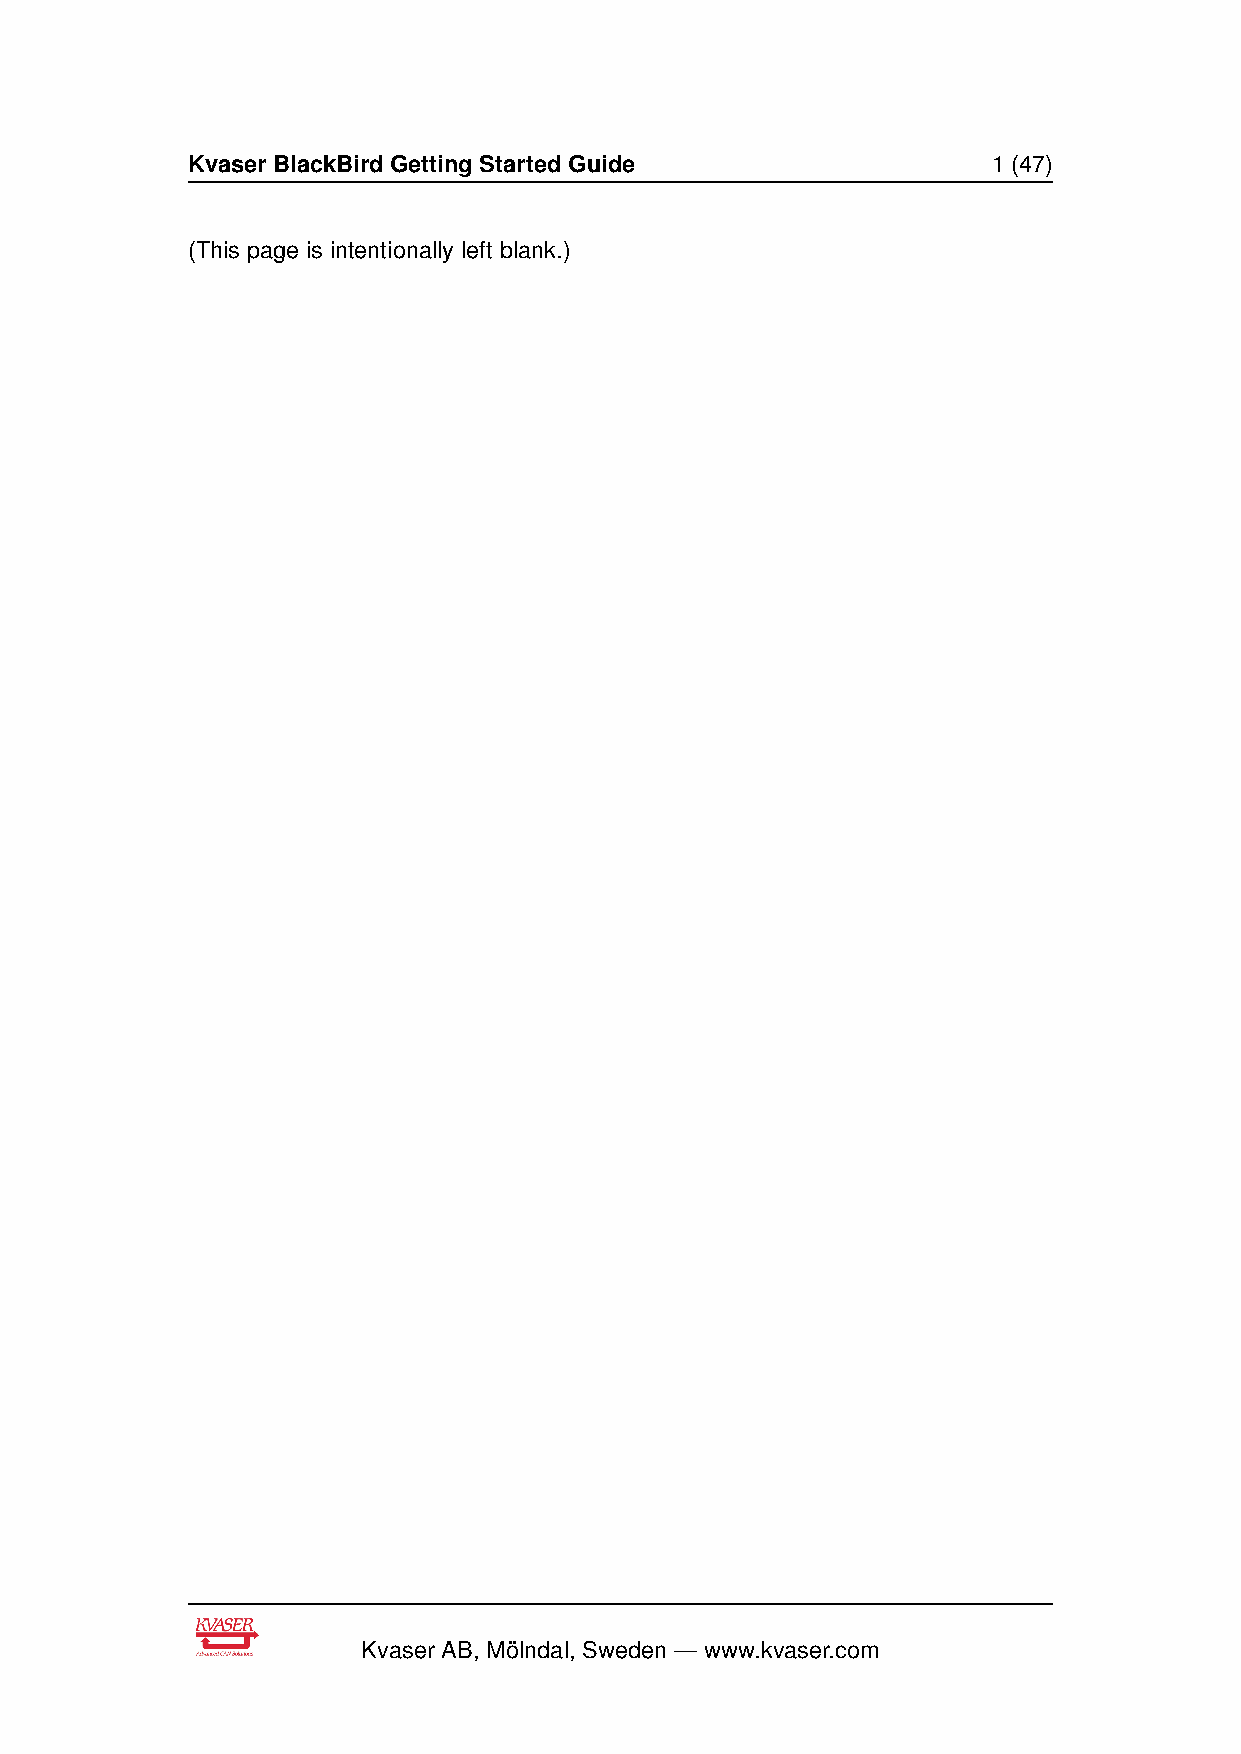
Kvaser BlackBird Getting Started Guide                1 (47)
 (This page is intentionally left blank.)
 Kvaser AB, Mölndal, Sweden — www.kvaser.com